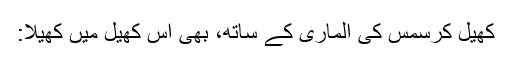
کھیل کرسمس کی الماری کے ساتھ، بھی اس کھیل میں کھیلا: